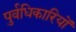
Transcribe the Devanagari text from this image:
पुर्वधिकारियों